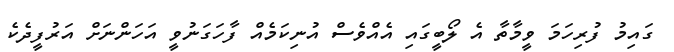
ގައިމު ފުރިހަމަ ވީމާތާ އެ ލޯބީގައި އެއްވެސް އުނިކަމެއް ފާހަގަނުވީ އަހަންނަށް އަރުފީދެކެ